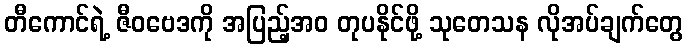
တီကောင်ရဲ့ ဇီဝဗေဒကို အပြည့်အဝ တုပနိုင်ဖို့ သုတေသန လိုအပ်ချက်တွေ